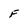
Character: F